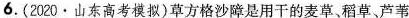
6.(2020·山东高考模拟)草方格沙障是用干的麦草、稻草、芦苇